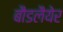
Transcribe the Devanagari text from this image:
बौडलैयेर